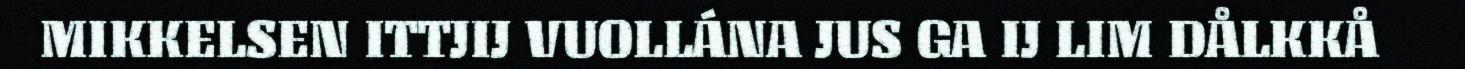
MIKKELSEN ITTJIJ VUOLLÁNA JUS GA IJ LIM DÅLKKÅ